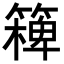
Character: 𥴖